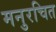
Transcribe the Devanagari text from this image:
मनुरचित